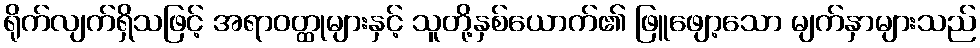
ရိုက်လျက်ရှိသဖြင့် အရာဝတ္ထုများနှင့် သူတို့နှစ်ယောက်၏ ဖြူဖျော့သော မျက်နှာများသည်